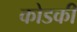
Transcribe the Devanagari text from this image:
कोडकी